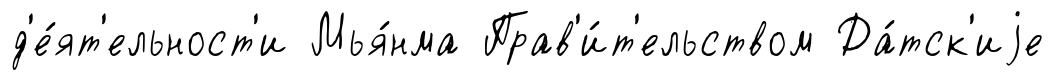
д'е́ят'ельност'и Мья́нма Прав'и́т'ельством Да́тск'иjе